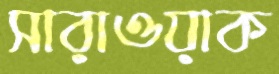
সারাওয়াক